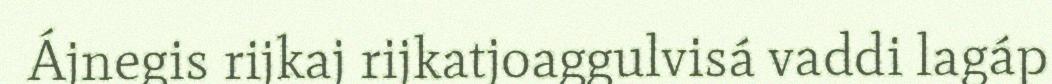
Ájnegis rijkaj rijkatjoaggulvisá vaddi lagáp